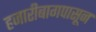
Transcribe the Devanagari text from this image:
हजारीबागपासून